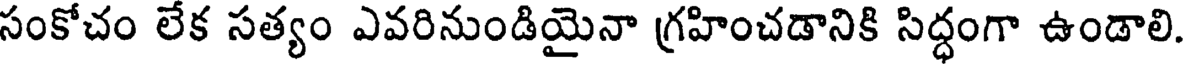
సంకోచం లేక సత్యం ఎవరినుండియైనా గ్రహించడానికి సిద్ధంగా ఉండాలి.